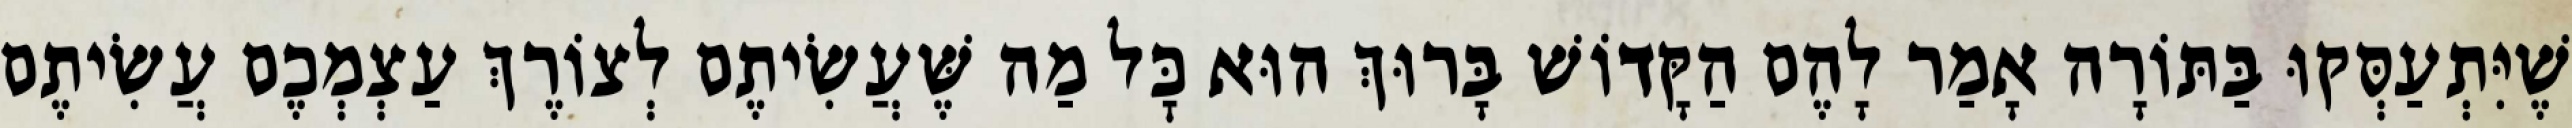
שֶׁיִּתְעַסְּקוּ בַּתּוֹרָה אָמַר לָהֶם הַקָּדוֹשׁ בָּרוּךְ הוּא כׇּל מַה שֶּׁעֲשִׂיתֶם לְצוֹרֶךְ עַצְמְכֶם עֲשִׂיתֶם